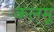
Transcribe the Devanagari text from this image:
कलमू